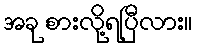
အခု စားလို့ရပြီလား။